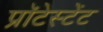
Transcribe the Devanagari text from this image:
प्रॉटेस्टेंट